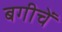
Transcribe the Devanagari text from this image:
बगीचें